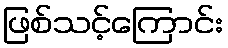
ဖြစ်သင့်ကြောင်း